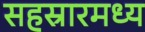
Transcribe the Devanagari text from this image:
सहस्रारमध्य